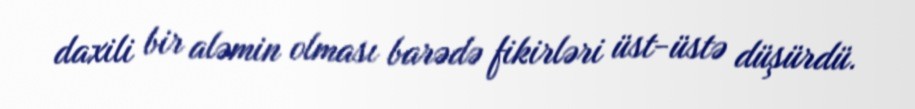
daxili bir aləmin olması barədə fikirləri üst-üstə düşürdü.